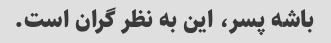
باشه پسر، این به نظر گران است.